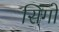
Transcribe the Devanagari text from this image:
सिंगो